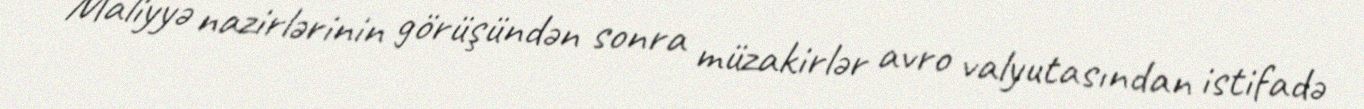
Maliyyə nazirlərinin görüşündən sonra müzakirlər avro valyutasından istifadə